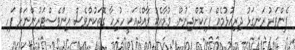
ފެންވަރު ރަނގަޅު ދިރިއުޅުމެއް ފަހިކޮށްދިނުން. ވުމާއެކު ރާއްޖެއަކީ ހުރިހާ ގޮތަކުންވެސް އިންވެސްޓަރުންނަށް ފަހި